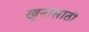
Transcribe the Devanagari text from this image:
खूनासाठी